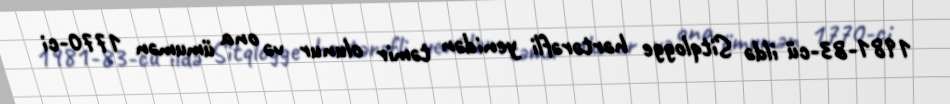
1981-83-cü ildə Sitqlogge hərtərəfli yenidən təmir olunur və ona ümumən 1770-ci